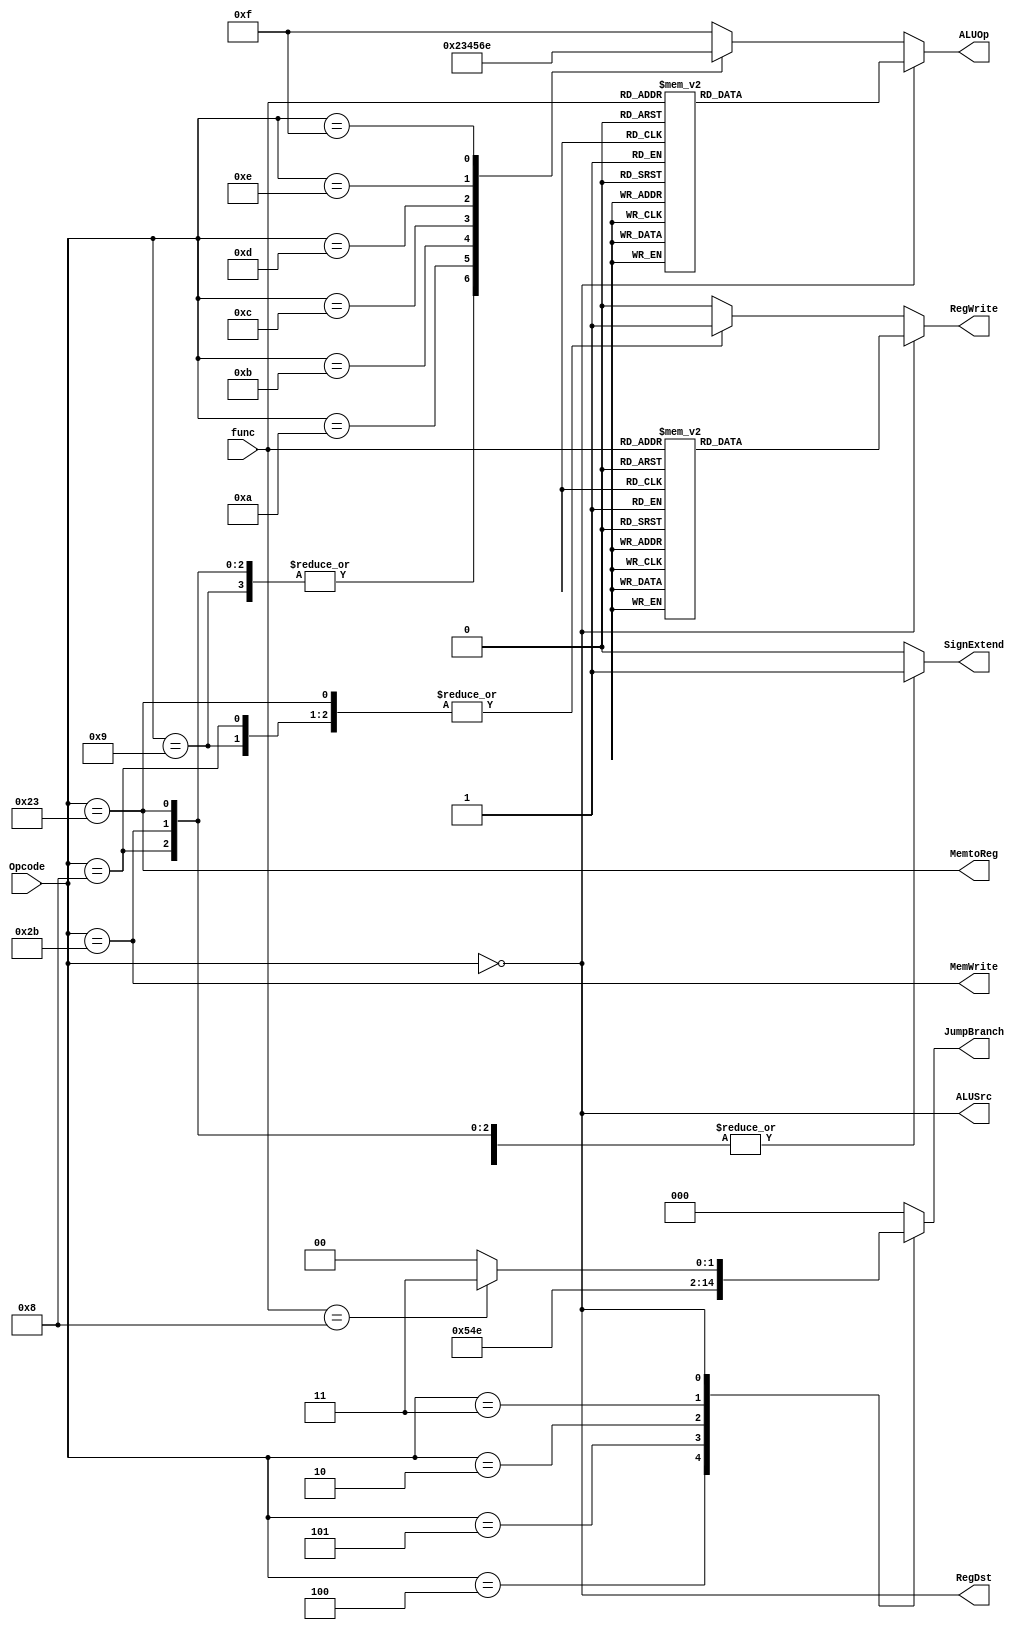
`timescale 1ns / 1ps
//////////////////////////////////////////////////////////////////////////////////
// Company: 
// Engineer: 
// 
// Design Name: 
// Module Name: Control
// Project Name: 
// Target Devices: 
// Tool Versions: 
// Description: 
// 
// Dependencies: 
// 
// Revision:
// Revision 0.01 - File Created
// Additional Comments:
// 
//////////////////////////////////////////////////////////////////////////////////


module Control_Unit(
    input [5:0] Opcode, func,
    output reg [2:0] JumpBranch,
    output reg [3:0] ALUOp,
    output reg SignExtend, RegWrite,
    output MemtoReg, MemWrite, ALUSrc, RegDst
    );
    
    // Opcode
    parameter R = 6'h00, ADDI = 6'h08, ADDIU = 6'h09, SLTI = 6'h0a;
    parameter SLTIU = 6'h0b, ANDI = 6'h0c, ORI = 6'h0d, XORI = 6'h0e;
    parameter BEQ = 6'h04, BNE = 6'h05, J = 6'h02, JAL = 6'h03;    
    parameter LUI = 6'h0f, LW = 6'h23, SW = 6'h2b;
    
    // func
    parameter ADD = 6'h20, ADDU = 6'h21, SUB = 6'h22, SUBU = 6'h23;
    parameter AND = 6'h24, OR = 6'h25, XOR = 6'h26, NOR = 6'h27;
    parameter SLT = 6'h2a, SLTU = 6'h2b, SLL = 6'h00, SRL = 6'h02;
    parameter SRA = 6'h03, SLLV = 6'h04, SRLV = 6'h06, SRAV = 6'h07;
    parameter JR = 6'h08;
    
    //ALUOp
    parameter ALU_ADD = 4'h0, ALU_SUB = 4'h1, ALU_SLT = 4'h2, ALU_SLTU = 4'h3;
    parameter ALU_AND = 4'h4, ALU_OR = 4'h5, ALU_XOR = 4'h6, ALU_NOR = 4'h7;
    parameter ALU_SLL = 4'h8, ALU_SRL = 4'h9, ALU_SRA = 4'ha, ALU_SLLV = 4'hb;
    parameter ALU_SRLV = 4'hc, ALU_SRAV = 4'hd, ALU_LUI = 4'he, ALU_DFT = 4'hf;
    
    // JumpBranch
    always @(*)
        case(Opcode)
            BEQ: JumpBranch <= 3'b001;
            BNE: JumpBranch <= 3'b010;
            J  : JumpBranch <= 3'b100;
            JAL: JumpBranch <= 3'b111;
            R  :   if(func == JR)    
                        JumpBranch <= 3'b011;
                    else
                        JumpBranch <= 3'b000;
            default: JumpBranch <= 3'b000;
        endcase
        
    // ALUOp
    always @(*)
        if(Opcode == R)
            case(func)
                ADD, ADDU: ALUOp <= ALU_ADD;
                SUB, SUBU: ALUOp <= ALU_SUB;
                SLT : ALUOp <= ALU_SLT;
                SLTU: ALUOp <= ALU_SLTU;
                AND : ALUOp <= ALU_AND;
                OR  : ALUOp <= ALU_OR;
                XOR : ALUOp <= ALU_XOR;
                NOR : ALUOp <= ALU_NOR;
                SLL : ALUOp <= ALU_SLL;
                SRL : ALUOp <= ALU_SRL;
                SRA : ALUOp <= ALU_SRA;
                SLLV: ALUOp <= ALU_SLLV;
                SRLV: ALUOp <= ALU_SRLV;
                SRAV: ALUOp <= ALU_SRAV;
                default: ALUOp <= ALU_DFT;
            endcase
        else 
            case(Opcode)
                ADDI, ADDIU, LW, SW: ALUOp <= ALU_ADD;
                SLTI : ALUOp <= ALU_SLT;
                SLTIU: ALUOp <= ALU_SLTU;
                ANDI : ALUOp <= ALU_AND;
                ORI  : ALUOp <= ALU_OR;
                XORI : ALUOp <= ALU_XOR;
                LUI  : ALUOp <= ALU_LUI;
                default: ALUOp <= ALU_DFT;
            endcase
                
    // SignExtend
    always @(*)
        case(Opcode)
            ADDI, LW, SW, SLTI: SignExtend <= 1'b1;
            default:  SignExtend <= 1'b0;
        endcase
                
    // RegWriter
    always @(*)
        if(Opcode == R)
            case(func)
                ADD, ADDU, SUB, SUBU, SLT, SLTU, AND, OR, 
                XOR, NOR, SLL, SRL, SRA, SLLV, SRLV, SRAV: 
                    RegWrite <= 1'b1;
                default:    RegWrite <= 1'b0;
            endcase
        else
            case(Opcode)
                ADDI, ADDIU, ANDI, ORI, XORI, LUI, LW, SLTI, SLTIU, JAL:
                    RegWrite <= 1'b1;
                default:    RegWrite <= 1'b0;
            endcase
                          
    // MemtoReg
    assign MemtoReg = (Opcode == LW);
    
    // MemWrite
    assign MemWrite = (Opcode == SW);
    
    // ALUSrc
    assign ALUSrc = (Opcode == R);
    
    // RegDst
    assign RegDst = (Opcode == R); 
     
endmodule